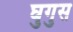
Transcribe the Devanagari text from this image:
घुगुस